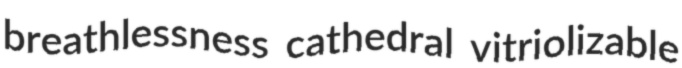
breathlessness cathedral vitriolizable